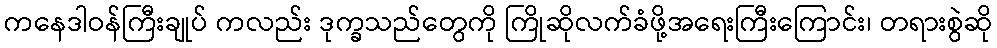
ကနေဒါဝန်ကြီးချုပ် ကလည်း ဒုက္ခသည်တွေကို ကြိုဆိုလက်ခံဖို့အရေးကြီးကြောင်း၊ တရားစွဲဆို